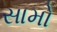
સામો